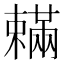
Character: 𣝮